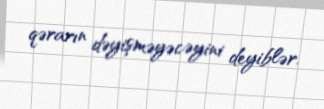
qərarın dəyişməyəcəyini deyiblər.